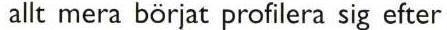
allt mera börjat profilera sig efter